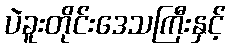
ပဲခူးတိုင်းဒေသကြီးနှင့်